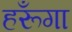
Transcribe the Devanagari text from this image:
हरूँगा